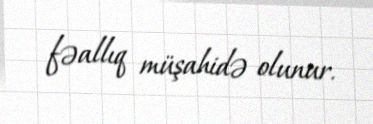
fəallıq müşahidə olunur.